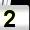
Digit: 2